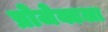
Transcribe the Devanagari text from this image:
प्रोजेक्टला